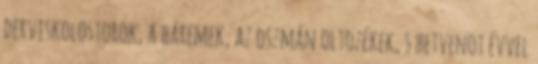
derviskolostorok, a háremek, az oszmán öltözékek, s hetvenöt évvel